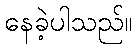
နေခဲ့ပါသည်။